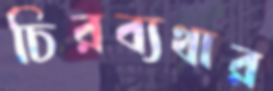
চিরব্যথার